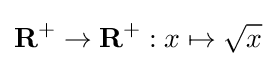
\mathbf {R} ^{+}\to \mathbf {R} ^{+}:x\mapsto {\sqrt {x}}